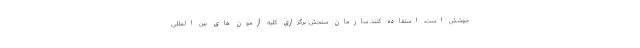
جوشش است، استفاده کنند. سازمان سنجش: برگزاری کلیه آزمون های بین المللی